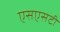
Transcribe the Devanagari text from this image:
एसएसटी